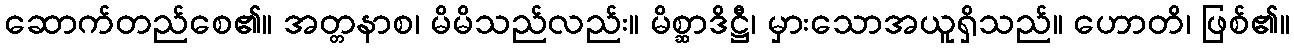
ဆောက်တည်စေ၏။ အတ္တနာစ၊ မိမိသည်လည်း။ မိစ္ဆာဒိဋ္ဌီ၊ မှားသောအယူရှိသည်။ ဟောတိ၊ ဖြစ်၏။